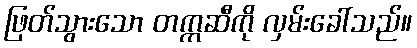
ဖြတ်သွားသော တက္ကဆီကို လှမ်းခေါ်သည်။